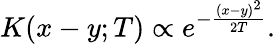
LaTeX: K(x-y;T)\propto e^{-{\frac{(x-y)^{2}}{2T}}}.